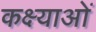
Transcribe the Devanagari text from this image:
कक्ष्याओं